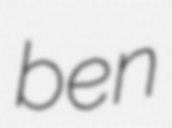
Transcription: ben